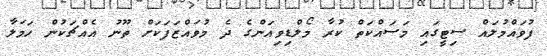
ފުވައްމުލައް ސިޓީގައި މަސައްކަތް ކުރާ މޯލްޑިވިއަންގެ ދެ މުވައްޒަފަކަށް ތޫނު އެއްޗަކުން ހަމަލާ